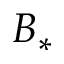
B _ { * }